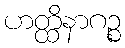
ဟတ္ထိနာဂဉ္စ